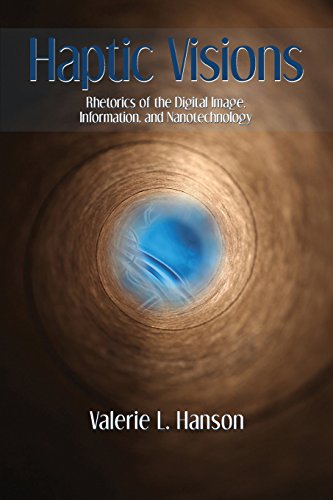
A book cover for Haptic Visions: Rhetorics of the Digital Image, Information, and Nanotechnology; Valerie L. Hanson; Science & Math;